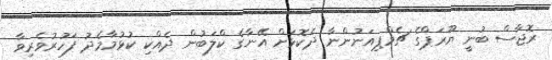
ރޮޖާސް ބުނީ ޔޫރަޕްގެ ޗެމްޕިއަނުންނާ ދެކޮޅަށް އޭނާގެ ކްލަބުން ދެއްކި ކުޅުމާމެދު ފަހުރުވެރިވާ